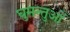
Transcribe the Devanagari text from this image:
घुमन्तुओं